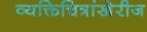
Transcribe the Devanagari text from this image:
व्यक्तिचित्रांखेरीज